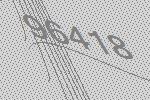
96418